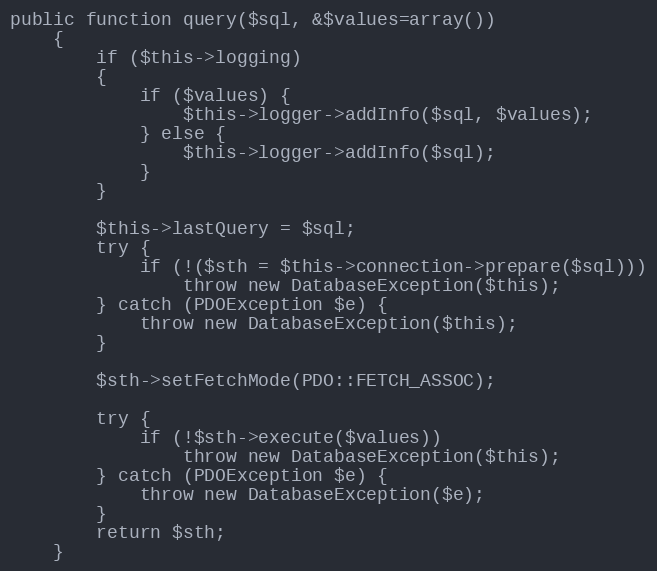
Language: PHP
public function query($sql, &$values=array())
	{
		if ($this->logging)
		{
			if ($values) {
				$this->logger->addInfo($sql, $values);
			} else {
				$this->logger->addInfo($sql);
			}
		}

		$this->lastQuery = $sql;
		try {
			if (!($sth = $this->connection->prepare($sql)))
				throw new DatabaseException($this);
		} catch (PDOException $e) {
			throw new DatabaseException($this);
		}

		$sth->setFetchMode(PDO::FETCH_ASSOC);

		try {
			if (!$sth->execute($values))
				throw new DatabaseException($this);
		} catch (PDOException $e) {
			throw new DatabaseException($e);
		}
		return $sth;
	}